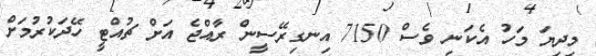
މިދިޔަ މަހު އެކަނި ވެސް 7150 އިނގިރޭސީން ރާއްޖެ އަށް ޗުއްޓީ ހޭދަކުރުމަށް